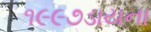
૧૯૯૭ડાયના